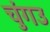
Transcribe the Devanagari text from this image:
चुंगउ